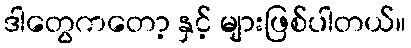
ဒါတွေကတော့ နှင့် များဖြစ်ပါတယ်။